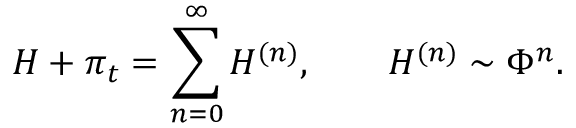
H + \pi _ { t } = \sum _ { n = 0 } ^ { \infty } H ^ { ( n ) } , \qquad H ^ { ( n ) } \sim \Phi ^ { n } .